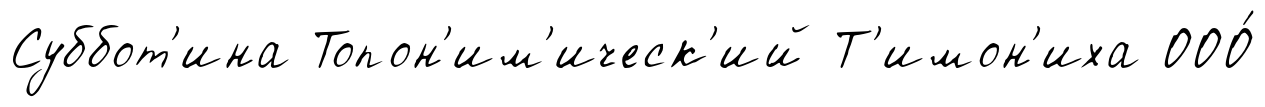
Суббот'ина Топон'им'ическ'ий Т'имон'иха ООО́